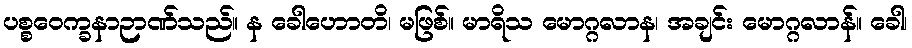
ပစ္စဝေက္ခနာဉာဏ်သည်။ န ခေါဟောတိ၊ မဖြစ်။ မာရိသ မောဂ္ဂလာန၊ အချင်း မောဂ္ဂလာန်။ ခေါ၊